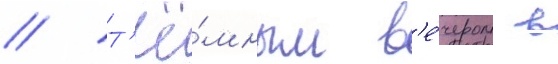
// Т'ё́мным в'е́чером в